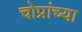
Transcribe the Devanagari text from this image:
चोप्रांच्या